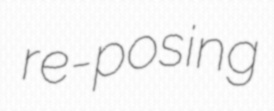
re-posing